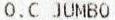
O.C JUMBO